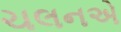
ચલનએ